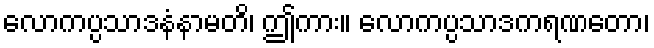
လောကပ္ပသာဒနံနာမတိ၊ ဤကား။ လောကပ္ပသာဒကရဏတော၊